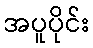
အပူပိုင်း